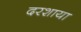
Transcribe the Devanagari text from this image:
दरशाया